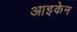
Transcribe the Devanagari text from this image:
आइकेन